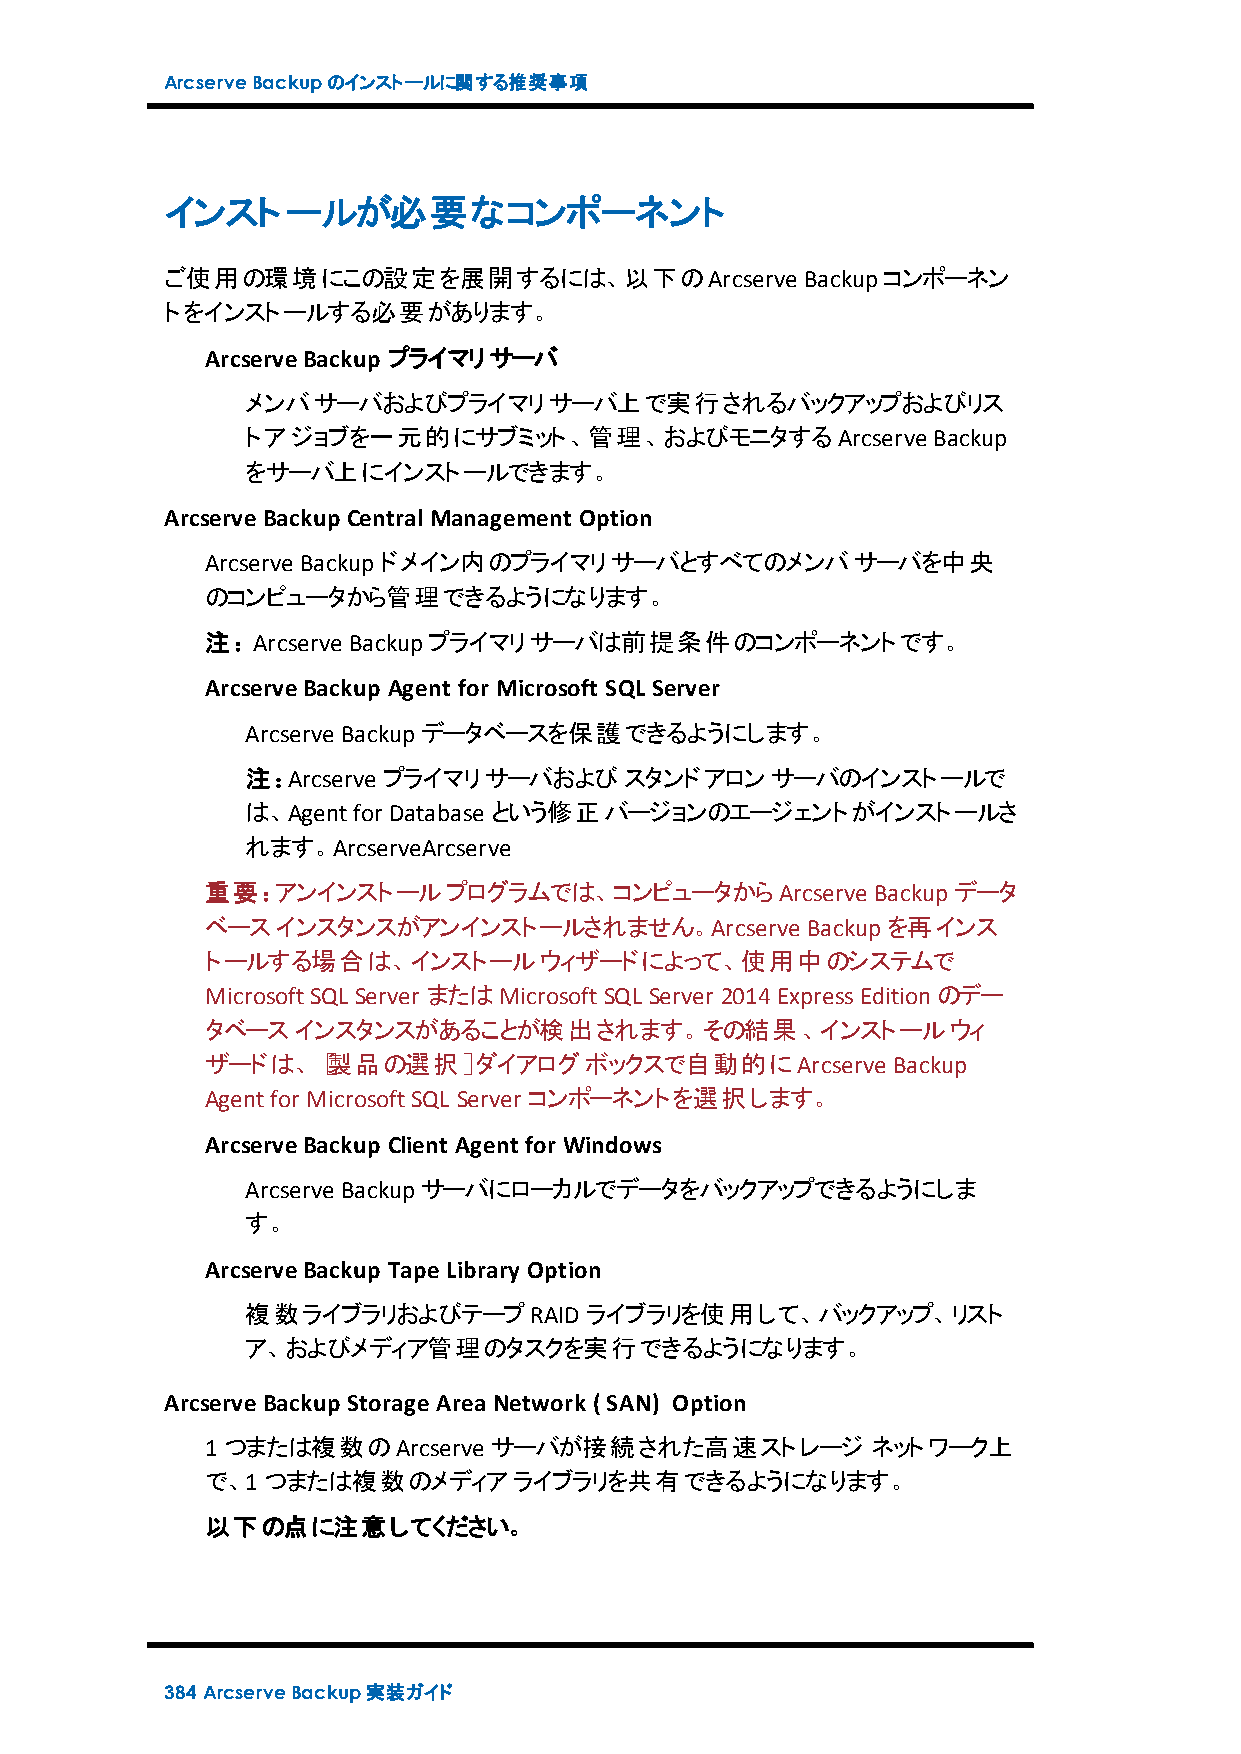
ArcserveBackupのインストールに関する推奨事項
 インストールが必要なコンポーネント
 ご使用の環境にこの設定を展開するには、以下のArcserve            Backupコンポーネン
 トをインストールする必要があります。
 ArcserveBackup プライマリサーバ
 メンバサーバおよびプライマリサーバ上で実行されるバックアップおよびリス
 トアジョブを一元的にサブミット、管理、およびモニタするArcserve           Backup
 をサーバ上にインストールできます。
 ArcserveBackup Central Management Option
 Arcserve Backupドメイン内のプライマリサーバとすべてのメンバサーバを中央
 のコンピュータから管理できるようになります。
 注：Arcserve Backupプライマリサーバは前提条件のコンポーネントです。
 ArcserveBackup Agent for Microsoft SQL Server
 Arcserve Backupデータベースを保護できるようにします。
 注：Arcserve プライマリサーバおよびスタンドアロンサーバのインストールで
 は、Agentfor Database という修正バージョンのエージェントがインストールさ
 れます。ArcserveArcserve
 重要：アンインストールプログラムでは、コンピュータからArcserve         Backupデータ
 ベースインスタンスがアンインストールされません。Arcserve       Backupを再インス
 トールする場合は、インストールウィザードによって、使用中のシステムで
 MicrosoftSQL Server またはMicrosoftSQL Server 2014ExpressEditionのデー
 タベースインスタンスがあることが検出されます。その結果、インストールウィ
 ザードは、［製品の選択］ダイアログボックスで自動的にArcserve           Backup
 Agentfor MicrosoftSQL Server コンポーネントを選択します。
 ArcserveBackup Client Agent for Windows
 Arcserve Backupサーバにローカルでデータをバックアップできるようにしま
 す。
 ArcserveBackup TapeLibrary Option
 複数ライブラリおよびテープRAID      ライブラリを使用して、バックアップ、リスト
 ア、およびメディア管理のタスクを実行できるようになります。
 ArcserveBackup StorageArea Network ( SAN) Option
 1つまたは複数のArcserve  サーバが接続された高速ストレージ          ネットワーク上
 で、1つまたは複数のメディアライブラリを共有できるようになります。
 以下の点に注意してください。
 384 ArcserveBackup実装ガイド